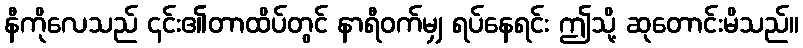
နီကိုလေသည် ၎င်း၏တာထိပ်တွင် နာရီဝက်မျှ ရပ်နေရင်း ဤသို့ ဆုတောင်းမိသည်။